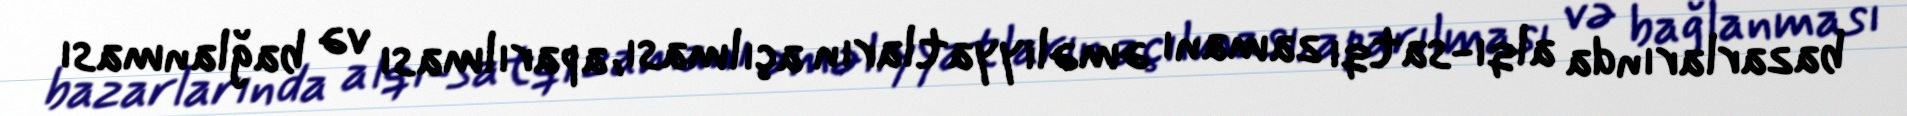
bazarlarında alqı-satqı zamanı əməliyyatların açılması, aparılması və bağlanması